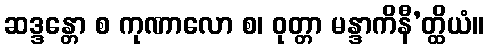
ဆဒ္ဒန္တော စ ကုဏာလော စ၊ ဝုတ္တာ မန္ဒာကိနီ’တ္ထိယံ။